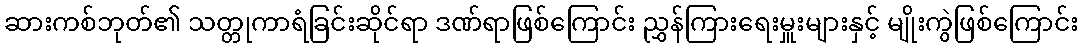
ဆားကစ်ဘုတ်၏ သတ္တုကာရံခြင်းဆိုင်ရာ ဒဏ်ရာဖြစ်ကြောင်း ညွှန်ကြားရေးမှူးများနှင့် မျိုးကွဲဖြစ်ကြောင်း